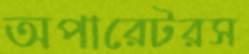
অপারেটরস